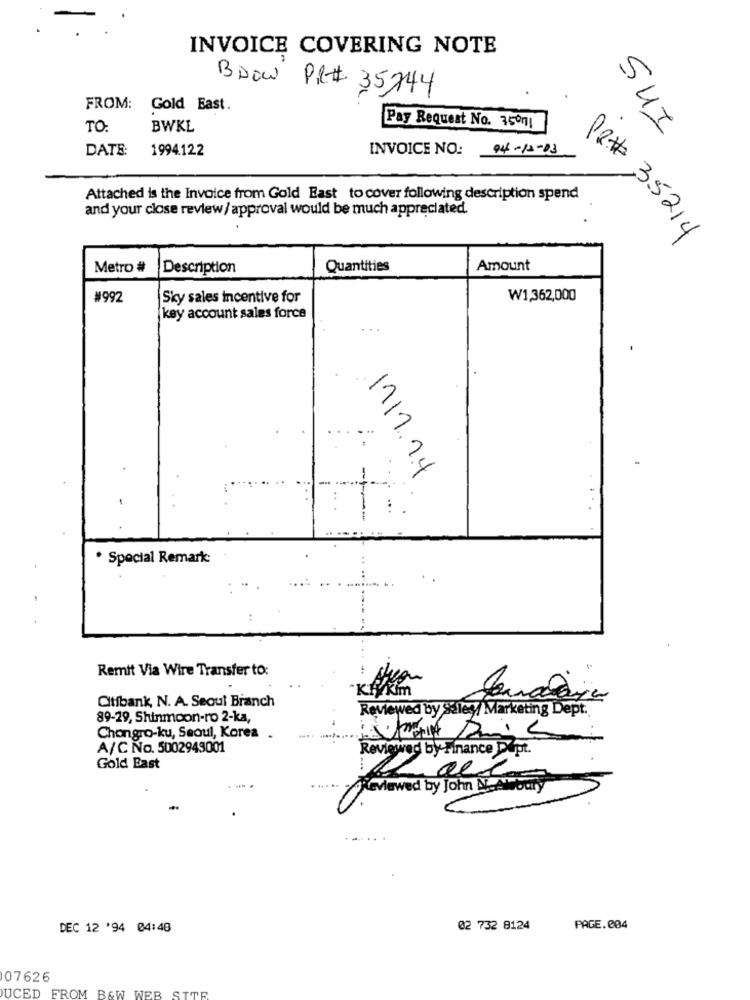
INVOICE COVERING NOTE
BDOW PR# 35744
FROM: Gold Bast.
TO:
BWKL
Pay Request No. 35001
SUI
DATE:
1994.122
INVOICE NO:
04-12-03
Attached is the Invoice from Gold East to cover following description spend
and your close review/ approval would be much appreciated.
PR# 35214
Metro #
Description
Quantities
Amount
#992
Sky sales incentive for
₩1,362,000
key account sales force
17/1.24
· Special Remark:
Remit Via Wire Transfer to:
KAKIm
Citibank, N. A. Seoul Branch
Reviewed by Såley/ Marketing Dept.
89-29, Shinmoon-ro 2-ka,
Chongro-ku, Seoul, Korea
---
A/C No. 5002949001
Reviewed by Finance Dept.
Gold Bast
all
Klewed by John N.AWbary
DEC 12 '94 04:48
02 732 8124
PAGE.004
07626
UCED FROM BAW WER STOR